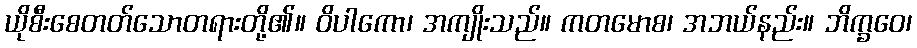
ယိုစီးစေတတ်သောတရားတို့၏။ ဝိပါကော၊ အကျိုးသည်။ ကတမောစ၊ အဘယ်နည်း။ ဘိက္ခဝေ၊